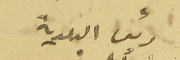
رئيس البلدية